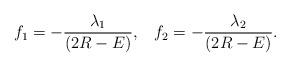
LaTeX: \begin{align*}f_1 = -\frac{\lambda_1}{(2R-E)}, \;\;\; f_2 = -\frac{\lambda_2}{(2R-E)} .\end{align*}